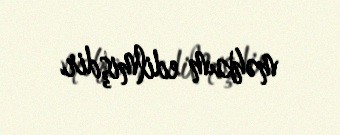
məhkum edilmişdir.